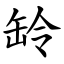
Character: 䍅